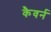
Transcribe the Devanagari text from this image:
कैवर्न